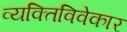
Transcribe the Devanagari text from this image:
व्यक्तिविवेकार